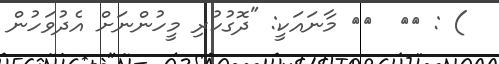
) : ١١  ١٢ މާނައަކީ: "ދޮގުކުރި މީހުންނަށް އެދުވަހުން